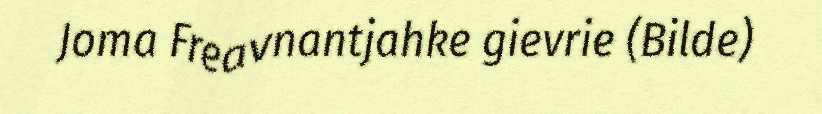
Joma Freavnantjahke gievrie (Bilde)